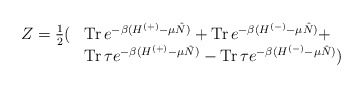
\begin{align*}\begin{array}{ll}Z= \frac{1}{2}( & \mbox{Tr\thinspace } e^{-\beta(H^{(+)}-\mu\hat N)}+\mbox{Tr\thinspace }e^{-\beta(H^{(-)}-\mu\hat N)}+ \\ & \mbox{Tr\thinspace } \tau e^{-\beta(H^{(+)}-\mu\hat N)}- \mbox{Tr\thinspace}\tau e^{-\beta(H^{(-)}-\mu\hat N)})\end{array}\end{align*}